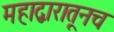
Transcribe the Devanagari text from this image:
महाद्वारातूनच